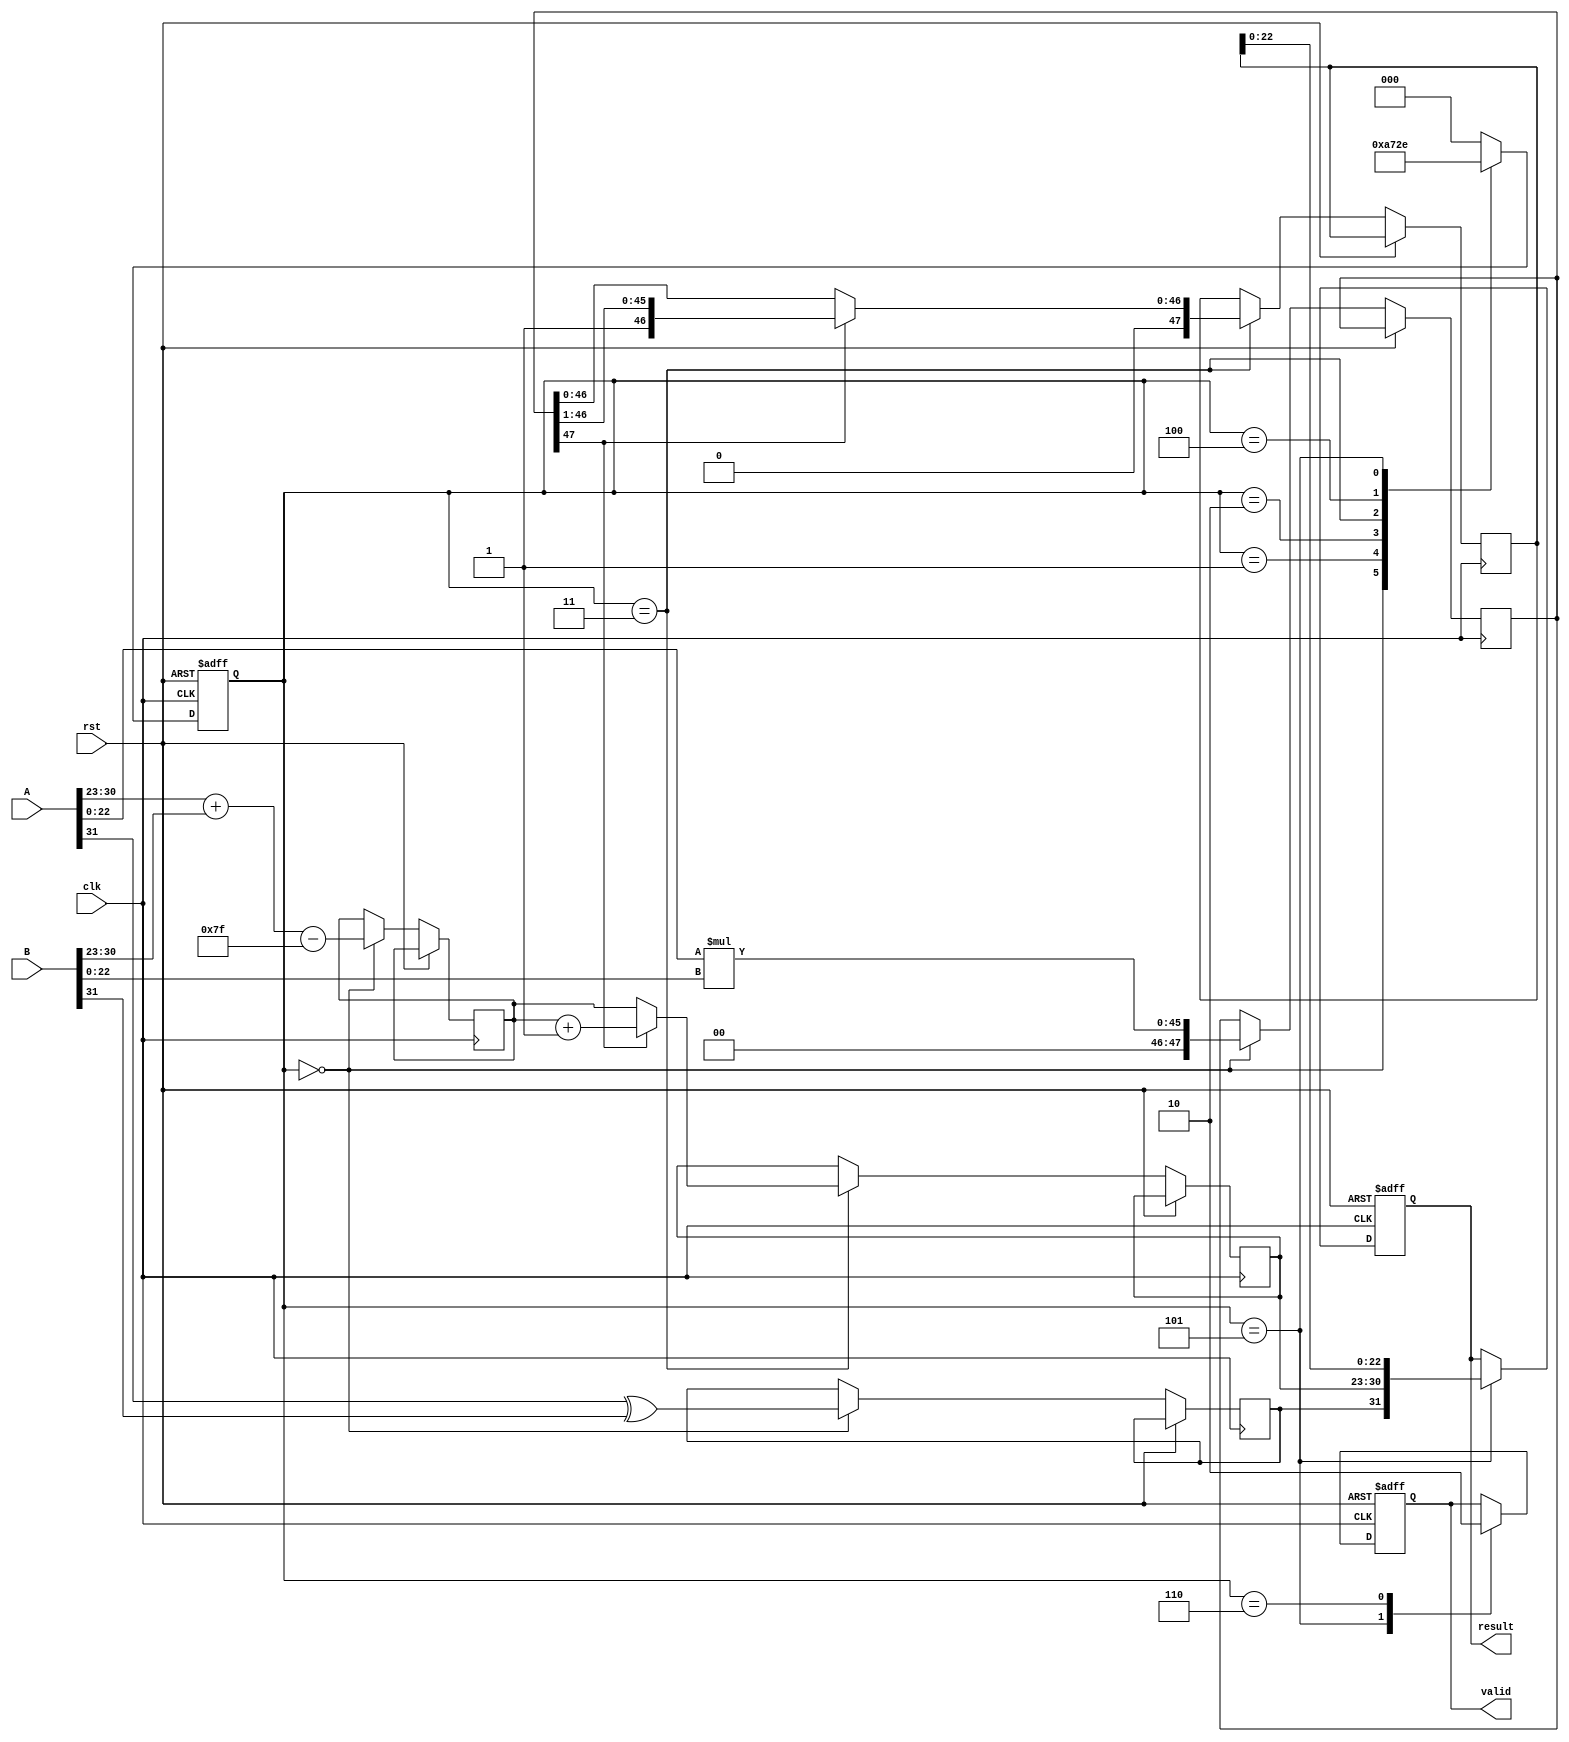
module pipelined_fp_multiplier (
    input wire clk,
    input wire rst,
    input wire [31:0] A,
    input wire [31:0] B,
    output reg [31:0] result,
    output reg valid
);

    // IEEE 754 components
    wire sign_a = A[31];
    wire sign_b = B[31];
    wire [7:0] exp_a = A[30:23];
    wire [7:0] exp_b = B[30:23];
    wire [22:0] mant_a = {1'b1, A[22:0]}; // Implicit leading 1 for normalized numbers
    wire [22:0] mant_b = {1'b1, B[22:0]}; // Implicit leading 1 for normalized numbers

    // Pipeline registers
    reg sign_reg;
    reg [7:0] exp_reg;
    reg [47:0] mant_reg; // 23 + 23 = 46 bits for mantissa multiplication + 1 for overflow
    reg [7:0] exp_final;
    reg [47:0] mant_final;
    
    // Control signals
    reg [2:0] state;
    localparam DECOMPOSE = 3'b000,
               SIGN_CALC = 3'b001,
               EXP_CALC = 3'b010,
               MANT_MULT = 3'b011,
               NORMALIZE = 3'b100,
               ROUND = 3'b101,
               ASSEMBLE = 3'b110;

    // State machine for pipeline control
    always @(posedge clk or posedge rst) begin
        if (rst) begin
            state <= DECOMPOSE;
            valid <= 0;
            result <= 32'b0;
        end else begin
            case (state)
                DECOMPOSE: begin
                    // Decompose inputs
                    sign_reg <= sign_a ^ sign_b; // Sign calculation
                    exp_reg <= exp_a + exp_b - 8'd127; // Exponent calculation
                    mant_reg <= mant_a * mant_b; // Mantissa multiplication
                    state <= SIGN_CALC;
                end
                
                SIGN_CALC: begin
                    // Move to exponent calculation
                    state <= EXP_CALC;
                end
                
                EXP_CALC: begin
                    // Move to mantissa multiplication
                    state <= MANT_MULT;
                end
                
                MANT_MULT: begin
                    // Normalize mantissa
                    if (mant_reg[47]) begin
                        mant_final <= mant_reg >> 1; // Shift right if overflow
                        exp_final <= exp_reg + 1;
                    end else begin
                        mant_final <= mant_reg; // No shift needed
                        exp_final <= exp_reg;
                    end
                    state <= NORMALIZE;
                end
                
                NORMALIZE: begin
                    // Rounding logic can be added here
                    // For simplicity, we will skip rounding
                    state <= ROUND;
                end
                
                ROUND: begin
                    // Assemble final result
                    result <= {sign_reg, exp_final, mant_final[22:0]};
                    valid <= 1; // Indicate valid result
                    state <= ASSEMBLE;
                end
                
                ASSEMBLE: begin
                    // Reset state for next operation
                    state <= DECOMPOSE;
                    valid <= 0; // Reset valid signal
                end
                
                default: state <= DECOMPOSE;
            endcase
        end
    end

endmodule